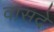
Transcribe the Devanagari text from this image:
वासदे